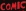
COMIC